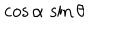
\cos \alpha \, \sin \theta